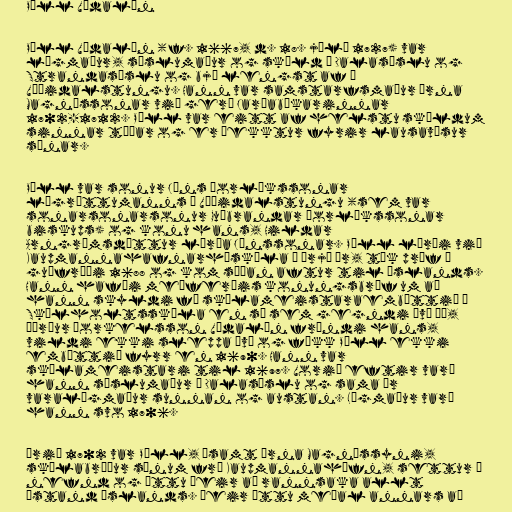
Páll Vídalín

Páll Vídalín (f. 1667, d. 18. júlí 1727) var
lögmaður, sýslumaður og skáld í Dalasýslu og
Strandasýslu og bjó lengst af í
Víðidalstungu. Hann var samstarfsmaður Árna
Magnússonar við gerð Jarðabókarinnar
1702-1712. Páll var eitt af helstu skáldum
sinnar tíðar og er þekktur fyrir lausavísur
sínar.

Páll var sonur Jóns Þorlákssonar
lögréttumanns í Víðidalstungu (sem var
sonarsonarsonur Guðbrandar Þorlákssonar
biskups) og konu hans, Hildar
Arngrímsdóttur lærða Jónssonar. Páll lærði við
Kaupmannahafnarháskóla í þrjú ár, tók próf í
guðfræði 1688 og kom síðan aftur til Íslands.
Hann hafði meðferðis konungsbréf um að
hann skyldi fá skólameistaraembættið í
Skálholtsskóla en sá sem gegndi því þá,
Þórður Þorkelsson Vídalín frændi hans,
vildi ekki sleppa því og fékk Páll ekki
embættið fyrr en 1690. Hann var
skólameistari til 1697. Vorið eftir varð
hann sýslumaður í Dalasýslu og sama ár
varalögmaður sunnan og austan. Lögmaður varð
hann svo 1706.

Árið 1702 var Páll, ásamt Árna Magnússyni,
skólabróður sínum frá Kaupmannahöfn, settur í
nefnd og áttu þeir að rannsaka allt
ástand Íslands. Þeir áttu meðal annars að